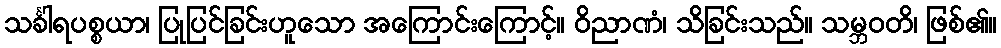
သင်္ခါရပစ္စယာ၊ ပြုပြင်ခြင်းဟူသော အကြောင်းကြောင့်။ ဝိညာဏံ၊ သိခြင်းသည်။ သမ္ဘဝတိ၊ ဖြစ်၏။